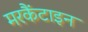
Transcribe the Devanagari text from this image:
मरकैंटाइन